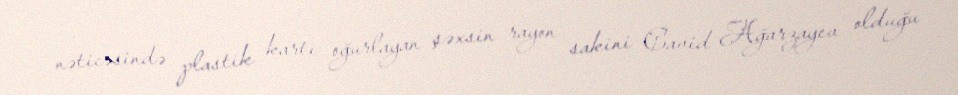
nəticəsində plastik kartı oğurlayan şəxsin rayon sakini Cavid Ağarzayev olduğu